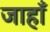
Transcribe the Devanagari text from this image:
जाहाँ